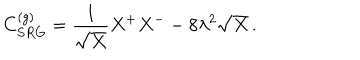
C _ { S R G } ^ { ( g ) } = \frac { 1 } { \sqrt { X } } X ^ { + } X ^ { - } - 8 \lambda ^ { 2 } \sqrt { X } \, .